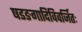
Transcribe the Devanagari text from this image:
षडङगादिविवर्जितः